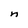
Character: n